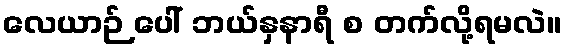
လေယာဉ် ပေါ် ဘယ်နှနာရီ စ တက်လို့ရမလဲ။